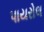
પાયરોલ